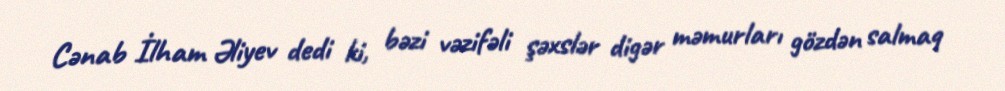
Cənab İlham Əliyev dedi ki, bəzi vəzifəli şəxslər digər məmurları gözdən salmaq